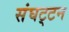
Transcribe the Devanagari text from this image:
संघट्‍टन